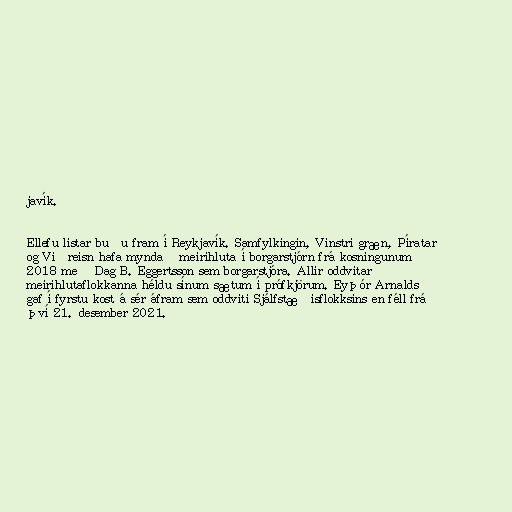
javík.

Ellefu listar buðu fram í Reykjavík. Samfylkingin, Vinstri græn, Píratar
og Viðreisn hafa myndað meirihluta í borgarstjórn frá kosningunum
2018 með Dag B. Eggertsson sem borgarstjóra. Allir oddvitar
meirihlutaflokkanna héldu sínum sætum í prófkjörum. Eyþór Arnalds
gaf í fyrstu kost á sér áfram sem oddviti Sjálfstæðisflokksins en féll frá
því 21. desember 2021.